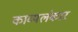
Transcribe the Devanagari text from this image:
काव्यलंकार